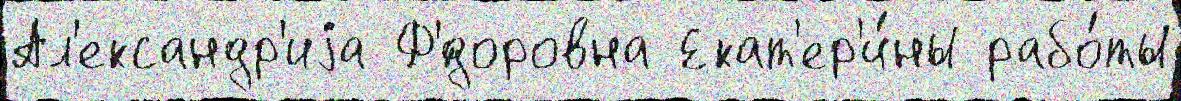
Ал'ександр'иjа Ф'́доровна Екат'ер'и́ны рабо́ты